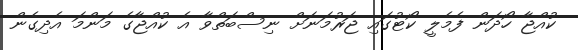
ކުއްޖާ ހޯދަން ފެމެލީ ކޯޓުގައި ޖަރުމަނަށް ނިސްބަތްވާ އެ ކުއްޖާގެ މަންމަ އެދިގެން